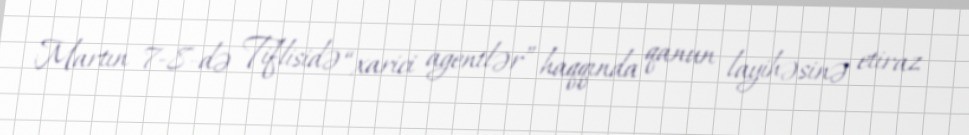
Martın 7-8-də Tiflisidə “xarici agentlər” haqqında qanun layihəsinə etiraz